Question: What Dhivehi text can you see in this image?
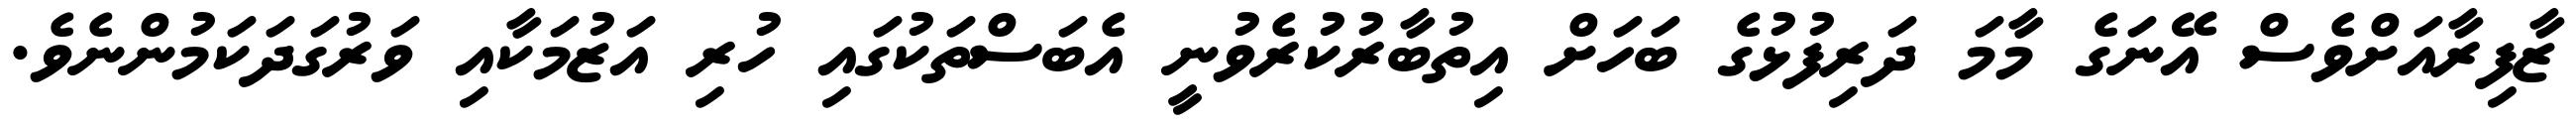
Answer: ޒާފިރާއަށްވެސް އޭނަގެ މާމަ ދަރިފުޅުގެ ބަހަށް އިތުބާރުކުރެވުނީ އެބަސްތަކުގައި ހުރި އަޒުމަކާއި ވަރުގަދަކަމުންނެވެ.